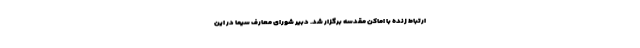
ارتباط زنده با اماکن مقدسه برگزار شد. دبیر شورای معارف سیما در این